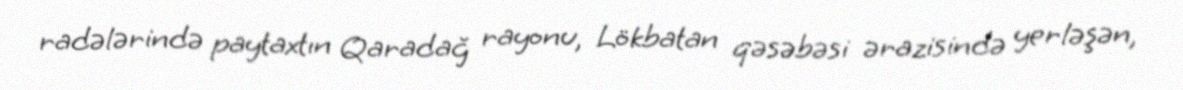
radələrində paytaxtın Qaradağ rayonu, Lökbatan qəsəbəsi ərazisində yerləşən,